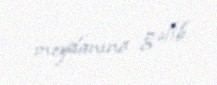
meydanına gəlib.